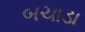
બચાડા